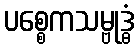
ပစ္စေကသမ္ဗုဒ္ဓံ